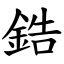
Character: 鋯